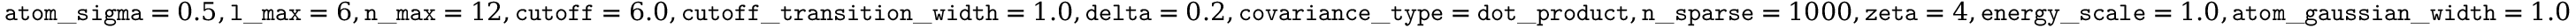
\mathtt { a t o m \_ s i g m a } = 0 . 5 , \mathtt { l \_ m a x } = 6 , \mathtt { n \_ m a x } = 1 2 , \mathtt { c u t o f f } = 6 . 0 , \mathtt { c u t o f f \_ t r a n s i t i o n \_ w i d t h } = 1 . 0 , \mathtt { d e l t a } = 0 . 2 , \mathtt { c o v a r i a n c e \_ t y p e } = \mathtt { d o t \_ p r o d u c t } , \mathtt { n \_ s p a r s e } = 1 0 0 0 , \mathtt { z e t a } = 4 , \mathtt { e n e r g y \_ s c a l e } = 1 . 0 , \mathtt { a t o m \_ g a u s s i a n \_ w i d t h } = 1 . 0